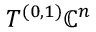
T ^ { ( 0 , 1 ) } \mathbb { C } ^ { n }